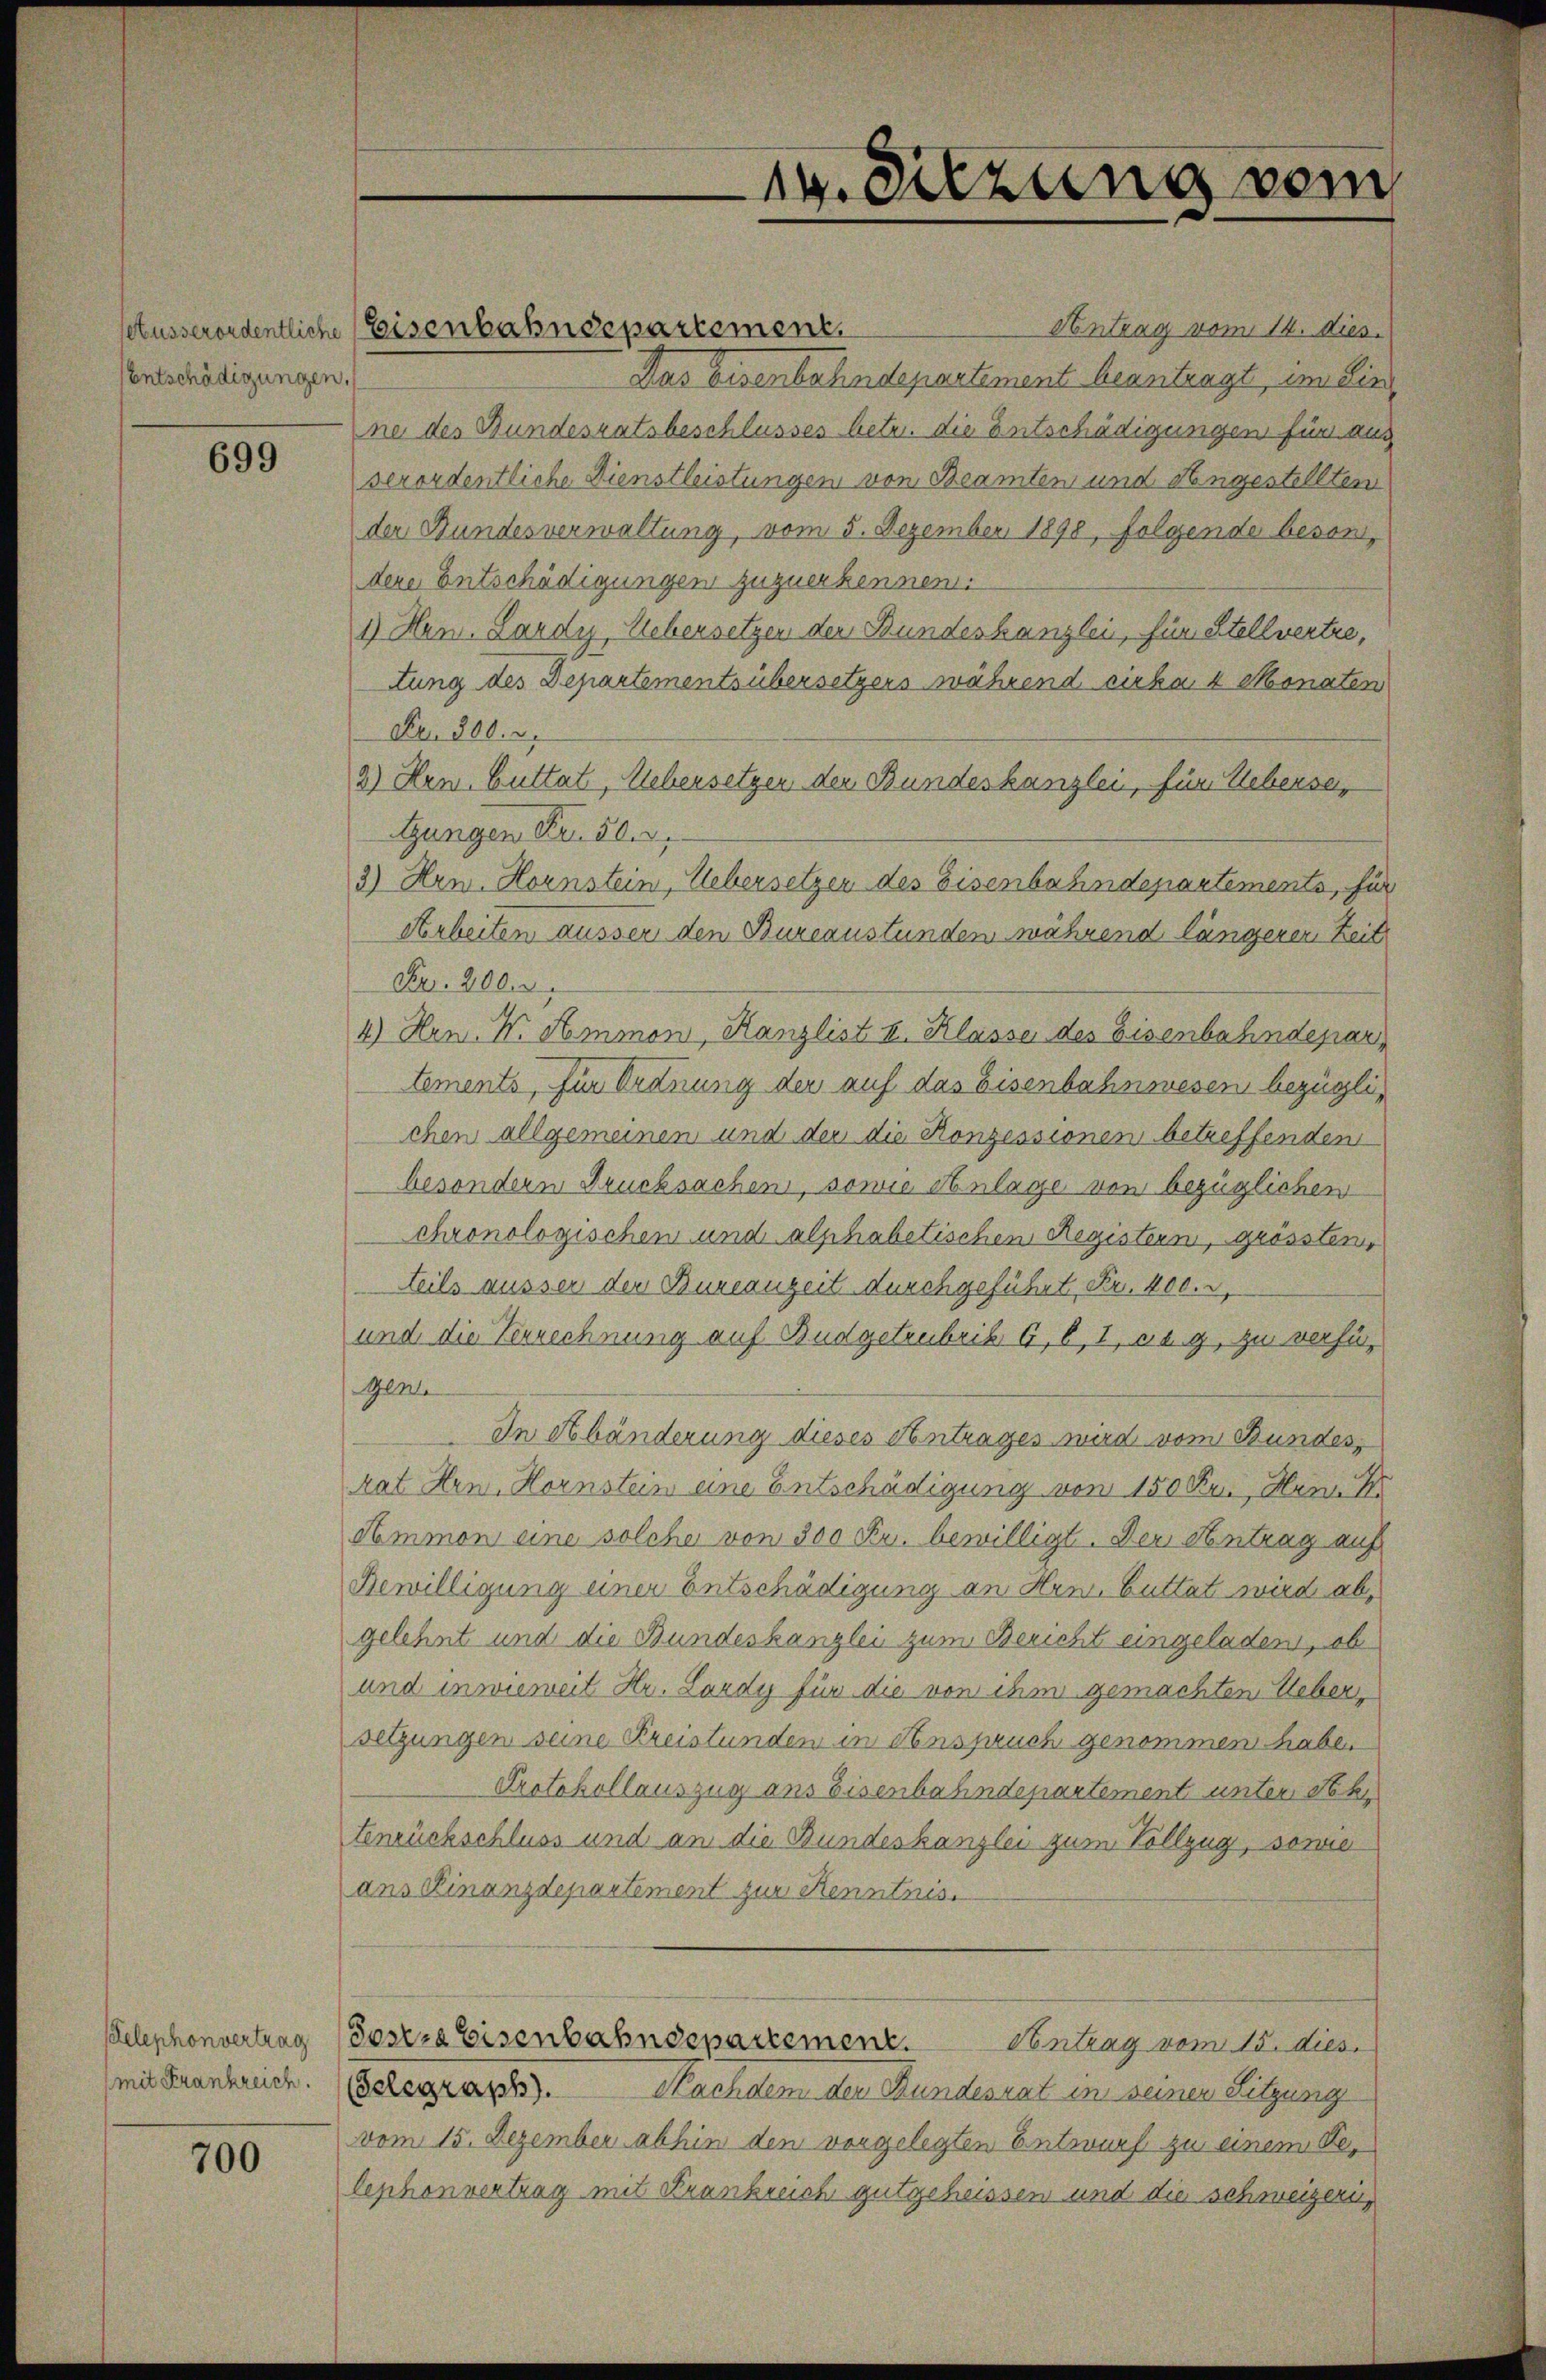
Entschädigungen.

699

telephonvertrag
mit Frankreich.

700

setusserordentliche Eisenbahndepartement.

ix. Sitzung vom

Antrag vom 14. dies.
Das Eisenbahndepartement beantragt, im Einne des Bundesratsbeschlusses betr. die Entschädigungen für aus
verordentliche Dienstleistungen von Beamten und dengestellten
der Bundesverwaltung, vom 5. Dezember 1898, folgende besondere Entschädigungen zuzuerkennen.
1) Hn. Lardy, Uebersetzen der Bundeskanzlei, für estellvertre,
tung des Departementsübersetzers während cirka 4 Monaten
Fr. 800. d.
2) Hrn. Guttat, Uebersetzen der Bundeskanzlei, für Ueberse,
tungen Fr. 50.
3) Hrn. Hornstein, Uebersetzen des Eisenbahndepartements, für
Arbeiten ausser den Bureaustünden während längeren Zeit
Fr. 200. r.
4) Hn. W. Hmmon, Kanzlist u. Klasse des Eisenbahndepartements, für Ordnung der auf das Eisenbahnwesen bezüglichen allgemeinen und der die Konzessionen betreffenden
besondern Drucksachen, sowie Anlage von bezüglichen
chronologischen und alphabetischen Registern, grössten
Teils ausser der Bureauzeit durchgeführt, Fr. 400.
und die Verrechnung auf Budgetrubrik 6, b, I, sag, zu verfü¬
Gen
In Abänderung dieses Antrages wird vom Bundes,
rat Hrn. Hornstein eine Entschädigung von 150 Fr., Hein
Smmon eine solche von 300 Fr. bewilligt. Der Antrag auf
Bewilligung einer Entschädigung an Hrn. Guttat wird abgelehnt und die Bundeskanzlei zum Bericht eingeladen, ob
und inwieweit Hr. Lardy für die von ihm gemachten Ueber
setzungen seine Kreistunden in Anspruch genommen haben
Protokollauszug aus Eisenbahndepartement unter Sek
tenrückschluss und an die Bundeskanzlei zum Vollzug, sowie
ans Kinanzdepartement zur Kenntnis.
Sosers Eisenbahndepartement. Vontrag vom 15. dies
(Gelegraph).
Nachdem den Bundesrat in seiner Sitzung
vom 15. Dezember abhin den vorgelegten Entwurf zu einem Belephonvertrag mit Krankreich gutgeheissen und die Schweizeri